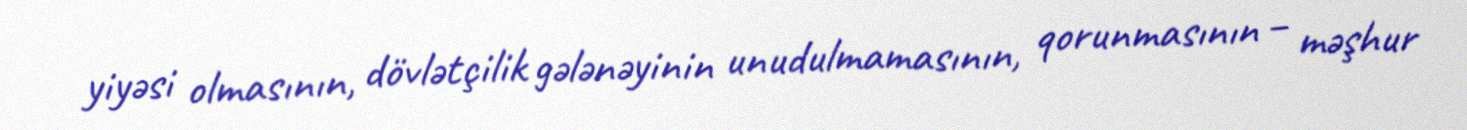
yiyəsi olmasının, dövlətçilik gələnəyinin unudulmamasının, qorunmasının – məşhur